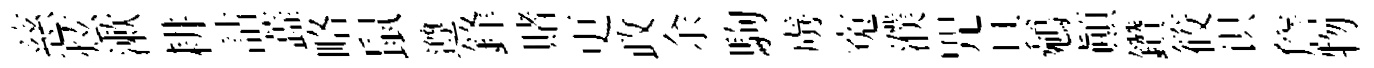
慈炫漱耕詁蕋略鼠遵鋒賭更政余駒虜寃濮咒具鵷顚鑽筱识詹物